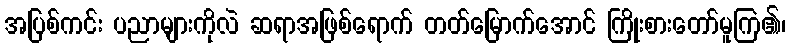
အပြစ်ကင်း ပညာများကိုလဲ ဆရာအဖြစ်ရောက် တတ်မြောက်အောင် ကြိုးစားတော်မူကြ၏၊